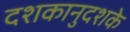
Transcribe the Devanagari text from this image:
दशकानुदशके